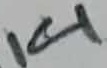
Text: 14